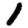
Digit: 1